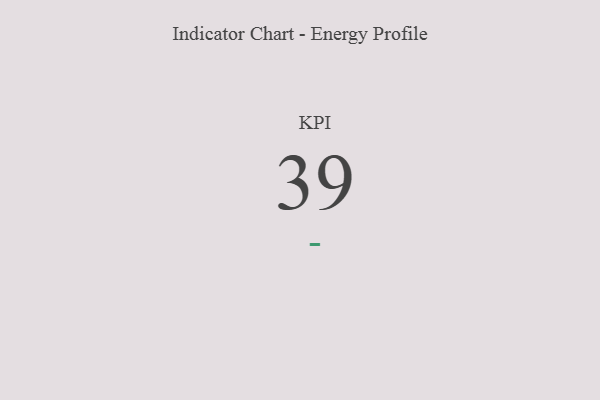
{"axis": {"x": "KPI", "y": "Value"}, "legend": [""], "data": [{"x": "KPI", "y": 39, "type": ""}]}